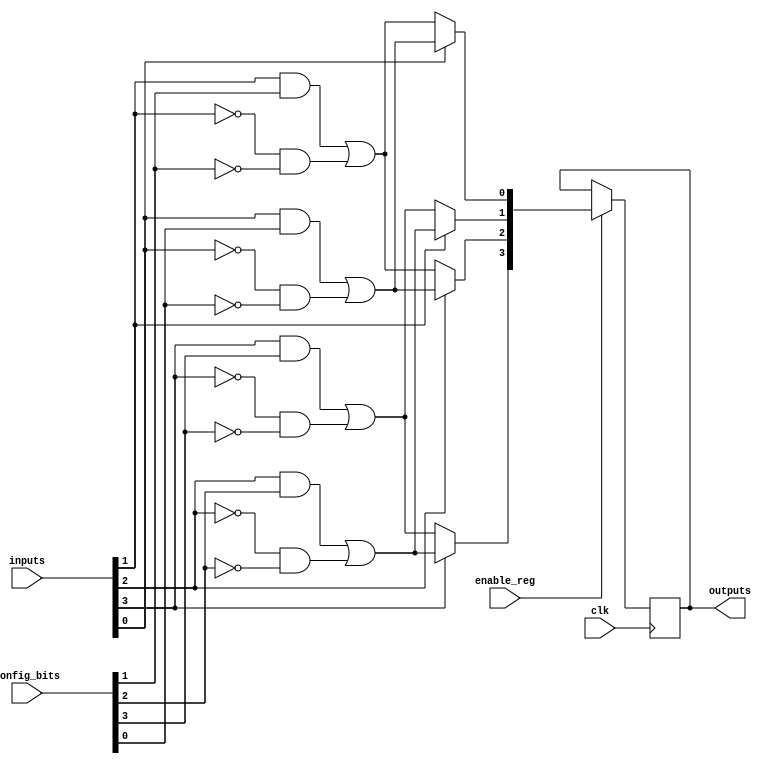
module CLB (
    input wire [3:0] inputs,            // 4 input signals
    input wire [3:0] config_bits,       // Configuration bits for LUTs
    input wire clk,                      // Clock signal for registers
    input wire enable_reg,               // Enable signal for registers
    output wire [3:0] outputs            // 4 output signals
);

// Logic Elements (LUTs)
wire [3:0] lut_out;
wire [3:0] mux_out;

// Example LUTs (4 LUTs for 4 input signals)
generate
    genvar i;
    for (i = 0; i < 4; i = i + 1) begin : lut
        assign lut_out[i] = (inputs[i] & config_bits[i]) | (~inputs[i] & ~config_bits[i]); // Example logic
    end
endgenerate

// Multiplexer to select between LUT outputs
assign mux_out[0] = (inputs[0]) ? lut_out[0] : lut_out[1];
assign mux_out[1] = (inputs[1]) ? lut_out[2] : lut_out[3];
assign mux_out[2] = (inputs[2]) ? lut_out[0] : lut_out[1];
assign mux_out[3] = (inputs[3]) ? lut_out[2] : lut_out[3];

// Registers/Flip-Flops for storing output states
reg [3:0] reg_out;

always @(posedge clk) begin
    if (enable_reg) begin
        reg_out <= mux_out; // Store MUX output in registers
    end
end

// Outputs
assign outputs = reg_out;

endmodule